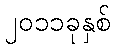
၂၀၁၁ခုနှစ်